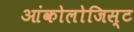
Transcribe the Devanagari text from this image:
आंकोलोजिस्ट